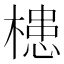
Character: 槵